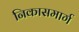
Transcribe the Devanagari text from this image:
निकासमार्ग